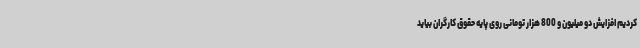
کردیم افزایش دو میلیون و 800 هزار تومانی روی پایه حقوق کارگران بیاید